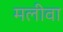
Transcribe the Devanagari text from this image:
मलीवा